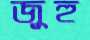
জুহু